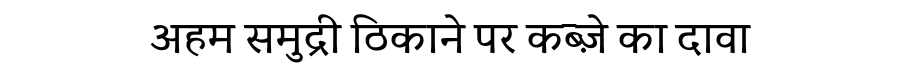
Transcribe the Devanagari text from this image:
अहम समुद्री ठिकाने पर कब्ज़े का दावा